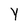
Character: Y